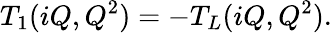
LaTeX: T_{1}(iQ,Q^{2})=-T_{L}(iQ,Q^{2}).